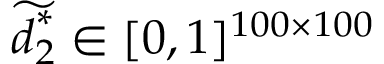
\displaystyle \widetilde { \boldsymbol { d } _ { 2 } ^ { * } } \in [ 0 , 1 ] ^ { 1 0 0 \times 1 0 0 }